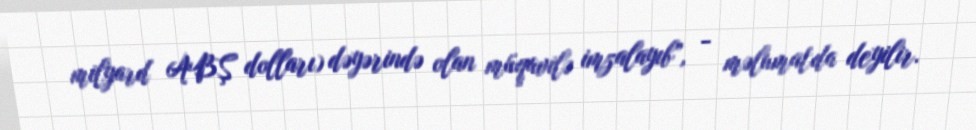
milyard ABŞ dolları) dəyərində olan müqavilə imzalayıb”, - məlumatda deyilir.